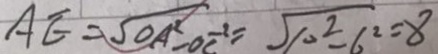
A E = \sqrt { O A ^ { 2 } - O C ^ { - 2 } } = \sqrt { 1 0 ^ { 2 } - 6 ^ { 2 } } = 8